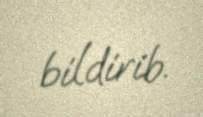
bildirib.